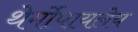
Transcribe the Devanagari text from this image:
थेर्मोपायलेय